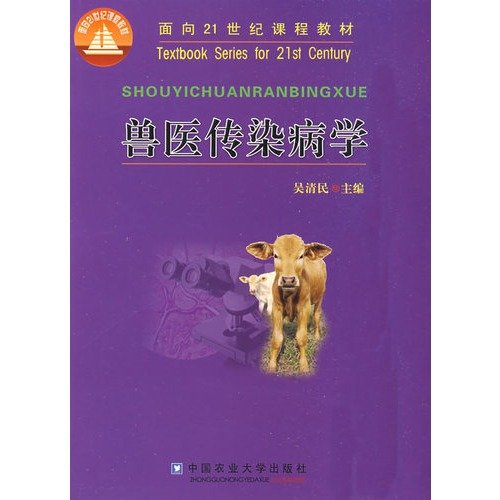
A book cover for curriculum materials for the 21st Century: Veterinary epidemiology; WU QING MIN; Medical Books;